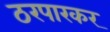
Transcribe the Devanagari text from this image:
ठरपारकर